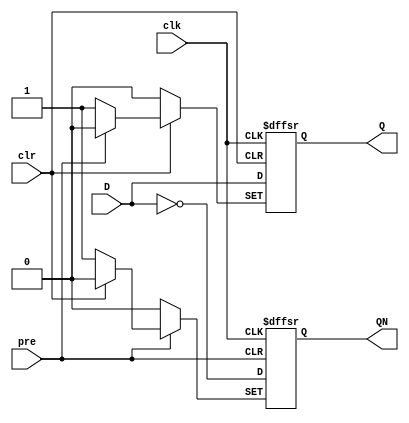
`timescale 1ns / 1ps
//////////////////////////////////////////////////////////////////////////////////
// Company: 
// Engineer: 
// 
// Design Name: 
// Module Name:    nine 
// Project Name: 
// Target Devices: 
// Tool versions: 
// Description: 
//
// Dependencies: 
//
// Revision: 
// Revision 0.01 - File Created
// Additional Comments: 
//
//////////////////////////////////////////////////////////////////////////////////
module nine(pre,clr,clk,D,Q,QN);
	input pre,clr,clk,D;
	output reg Q,QN;
    always @(negedge clr or negedge pre or posedge clk)
		begin
			if(!pre)
				begin 
					Q<=1'b1;
					QN<=1'b0;
				end
			else if(!clr)
				begin
					Q<=1'b0;
					QN<=1'b1;
				end
			else
				begin
					Q<=D;
					QN<=~D;
				end	
		end
endmodule